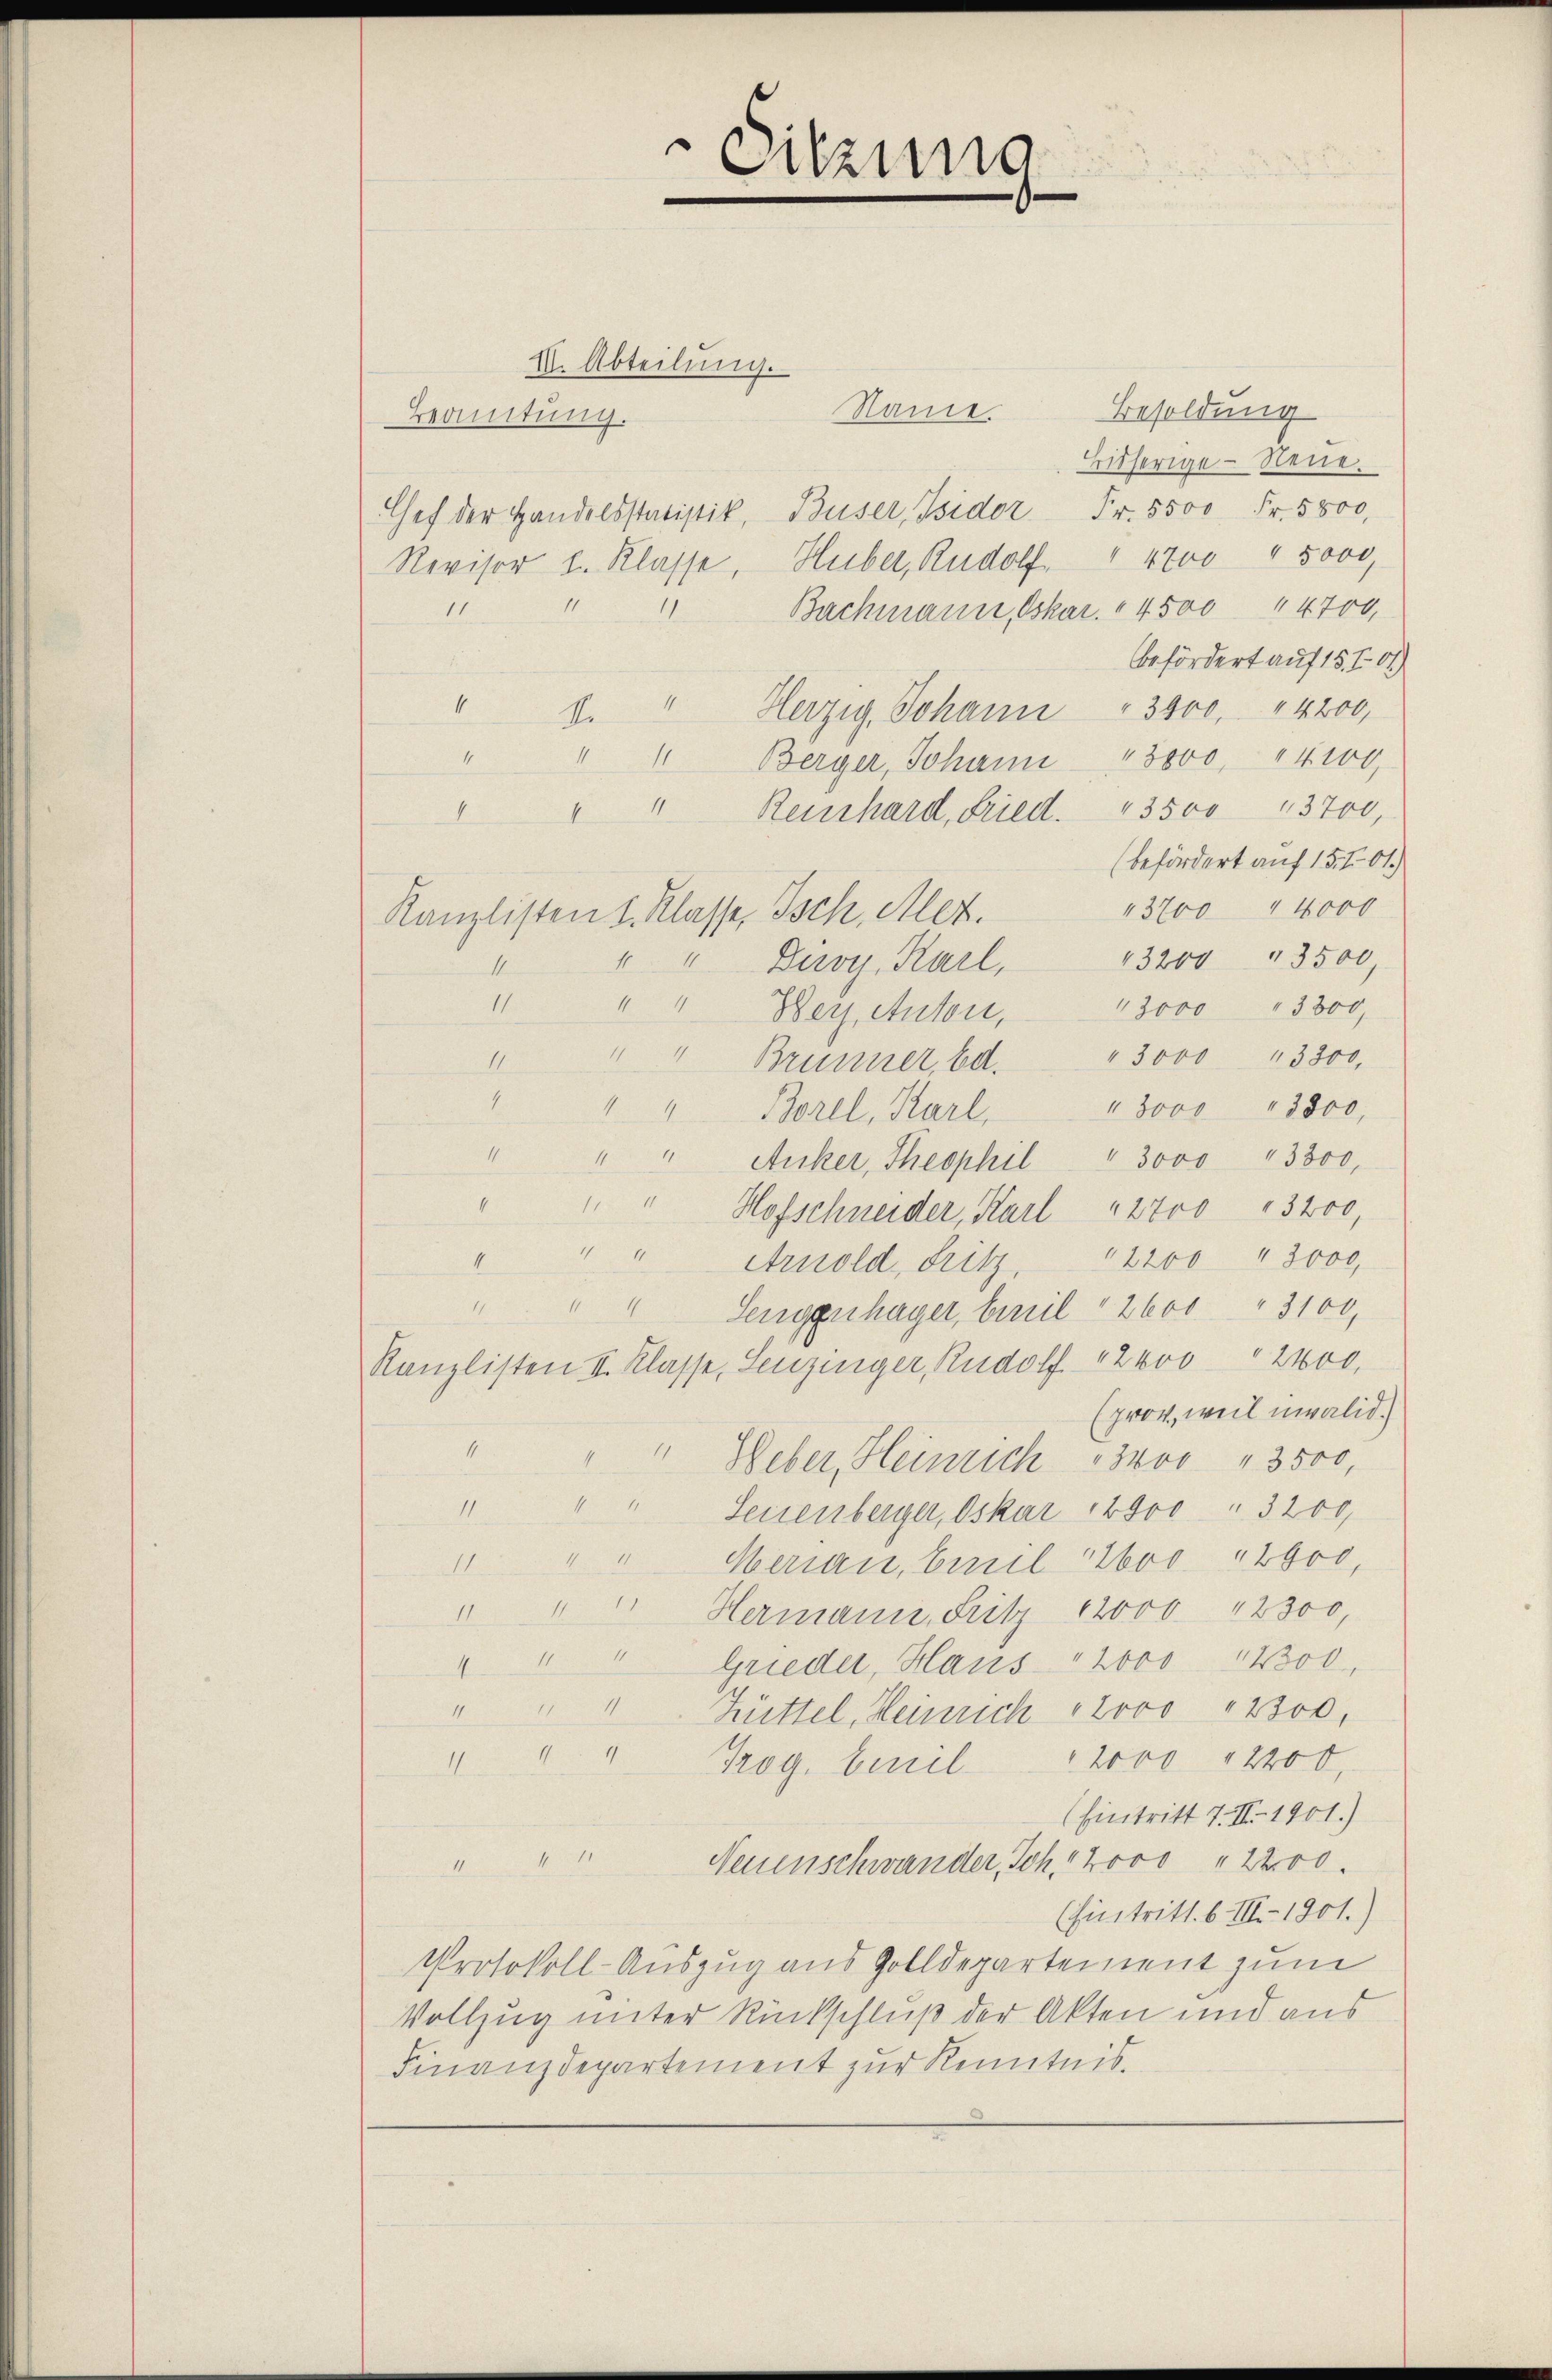
I. Abteilung.
Name.
Besoldung
Beamtung.
Bisherige - Neue.
Chef der Handelsstatistik, Buser, Isidor Fr. 5500 Fr. 5800,
Huber, Rudolf " 4700 " 5000,
Revisor u. Klasse,
i
11.
Bachmann, Oskar. 4500 44700,
befördert auf 15. Fr. 61.)
4
2. " Herzig Johann " 3400. 4200,
4
" 1 Berger, Johann " 3000, 4100,
8
" " Reichard, Fried. " 3500 " 3700,
(befördert auf 15 f. 61.)
13700 " 4000
Kanzlisten 1. Klasse, Isch, Aler.
43200 " 3500
" " Deroy, Karl,
4
11.
13000 " 3800
" " Bey Anton,
" 3000 " 3300,
II
" " Brunner, bd.
" 3000 " 3800,
" " " Borel, Karl,
1
" " Anker, Theophil " 3000 " 3300,
e
" " Hofschneider, Karl " 2700 " 3200
2
4
Arnold, Fritz, 2200 " 3000.
4
" Lengenhager, benil " 2600 " 3100,
Kanzlisten II. Klasse, Lenzinger, Rudolf 12000 " 2400.
(prov, weil invalid.
4
" Weber, Heinrich 3400 " 3500,
1
" " Seienberger, Oskar 1900 " 3200,
" " Merian, Emil too 14600,
.
" " Hermann, Fritz 12000 " 2300,
" " " Grieder, Haus " 2000 14300,
411 18
Hüttel, Heinrich Jovo " 2300.
" " " Prog. beril 12000 " 2400.
(Eintritt 7. II. 1901.)
a
Neuenschwander, Joh. 12000 " 2200.
(hintritt. b. III. 1901.)
Protokoll-Auszug aus Golldepartement zum
Vollzug unter Rückschluß der Akten und aus
Finanzdepartement zur Kenntnis.

Sitzung